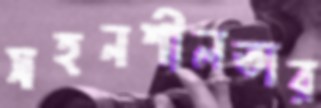
সহনশীলতার